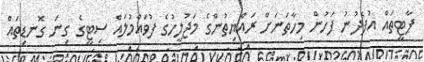
ޕާޓީތައް އުފެދުނު ފަހުން މިހާތަނަށް ރައްޔިތުންގެ މަޖުލީހުގެ ފުވައްމުލައް ސިޓީގެ ގިނަ ގޮނޑިތައް